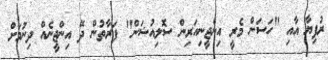
ރުފިޔާ އާއި "ހަސަން މެރީ އިންޖީނިއަރިން ސޮލިއުޝަން" ފަރާތުން ދޭ އިންޖީނެއް ދިނުމަށް